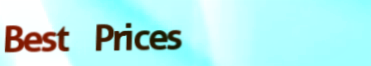
Best Prices